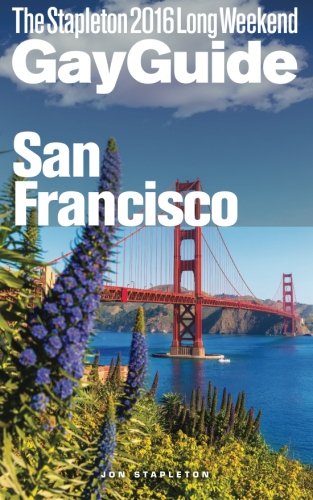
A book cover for SAN FRANCISCO - The Stapleton 2016 Long Weekend Gay Guide (Stapleton Gay Guides); Jon Stapleton; Gay & Lesbian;